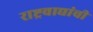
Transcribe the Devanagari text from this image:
राष्ट्रवाद्यांची